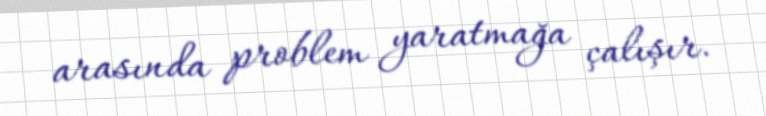
arasında problem yaratmağa çalışır.